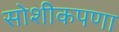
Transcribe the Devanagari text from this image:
सोशीकपणा